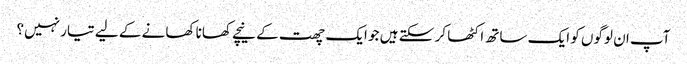
آپ ان لوگوں کو ایک ساتھ اکٹھا کر سکتے ہیں جو ایک چھت کے نیچے کھانا کھانے کے لیے تیار نہیں؟